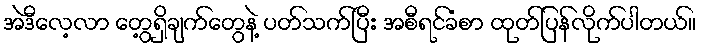
အဲဒီလေ့လာ တွေ့ရှိချက်တွေနဲ့ ပတ်သက်ပြီး အစီရင်ခံစာ ထုတ်ပြန်လိုက်ပါတယ်။